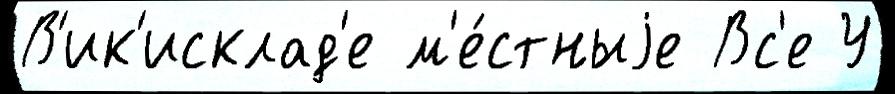
В'ик'исклад'е м'е́стныjе Вс'е У